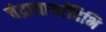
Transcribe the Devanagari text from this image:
चंद्राचार्यादिभि